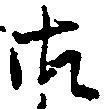
御